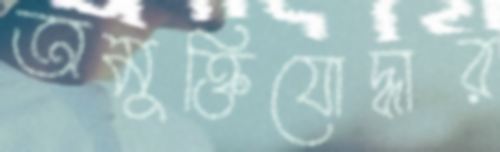
অমুক্তিযোদ্ধার